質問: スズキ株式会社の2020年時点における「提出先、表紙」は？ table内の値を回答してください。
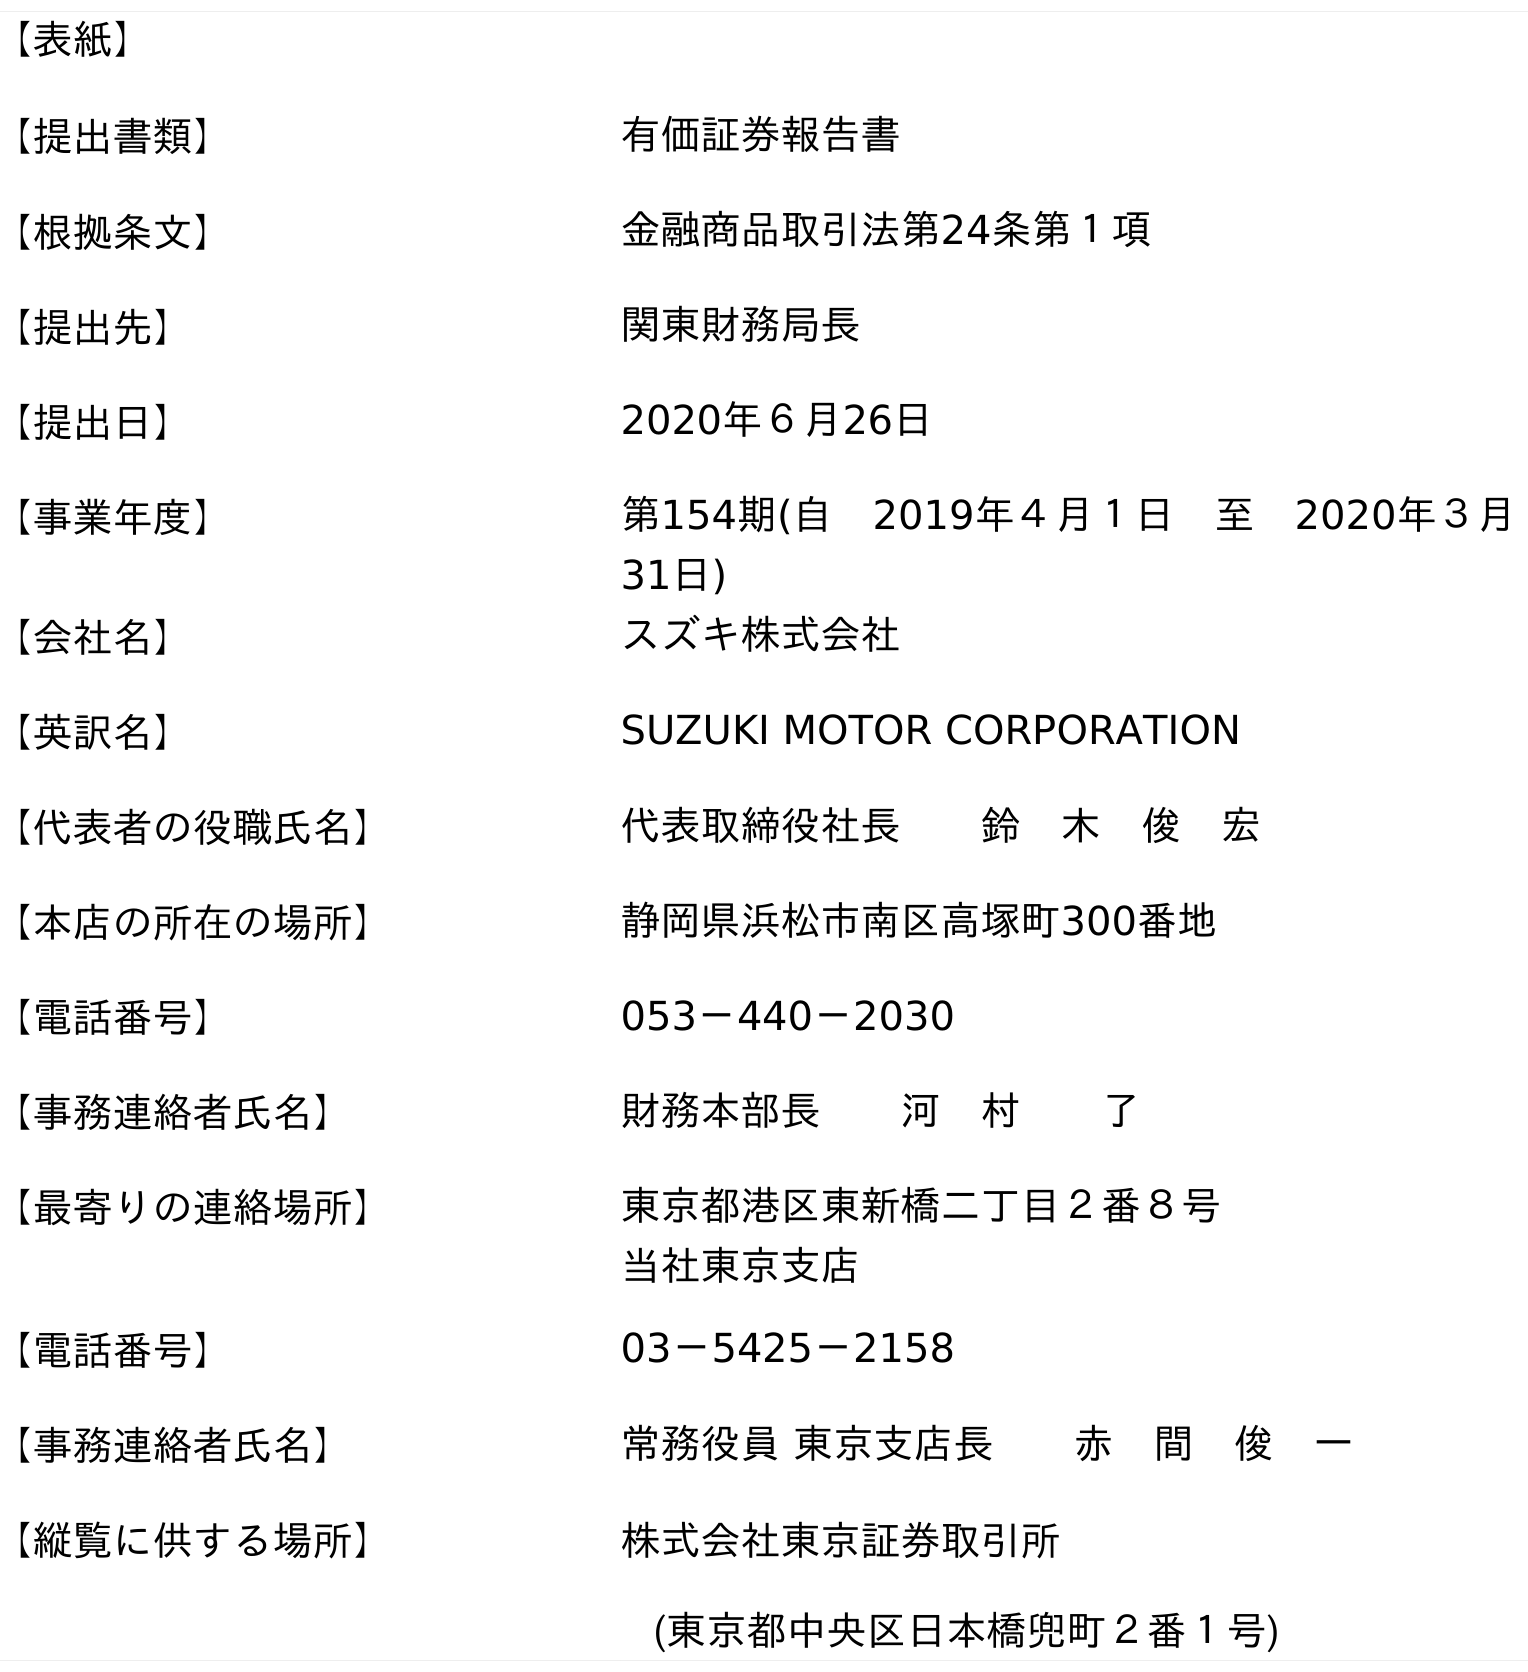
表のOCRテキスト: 【表紙】 【提出書類】 有価証券報告書 【根拠条文】 金融商品取引法第24条第１項 【提出先】 関東財務局長 【提出日】 2020年６月26日 【事業年度】 第154期(自 2019年４月１日 至 2020年３月 31日) 【会社名】 スズキ株式会社 【英訳名】 SUZUKI MOTOR CORPORATION 【代表者の役職氏名】 代表取締役社長  鈴 木 俊 宏 【本店の所在の場所】 静岡県浜松市南区高塚町300番地 【電話番号】 053－440－2030 【事務連絡者氏名】 財務本部長  河 村  了 【最寄りの連絡場所】 東京都港区東新橋二丁目２番８号 当社東京支店 【電話番号】 03－5425－2158 【事務連絡者氏名】 常務役員 東京支店長  赤 間 俊 一 【縦覧に供する場所】 株式会社東京証券取引所 (東京都中央区日本橋兜町２番１号)
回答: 関東財務局長